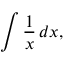
\int { \frac { 1 } { x } } \, d x ,